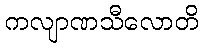
ကလျာဏသီလောတိ